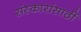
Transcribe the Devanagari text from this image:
संस्कारांसाठीं